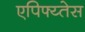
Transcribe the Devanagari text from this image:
एपिफ्य्तेस